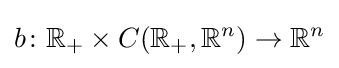
b\colon \mathbb {R} _{+}\times C(\mathbb {R} _{+},\mathbb {R} ^{n})\to \mathbb {R} ^{n}